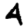
Digit: 4